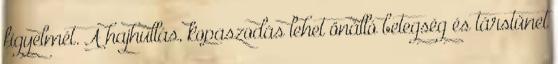
figyelmét. A hajhullás, kopaszodás lehet önálló betegség és társtünet